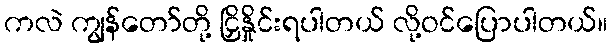
ကလဲ ကျွန်တော်တို့ ငြှိနှိုင်းရပါတယ် လို့ဝင်ပြောပါတယ်။